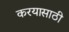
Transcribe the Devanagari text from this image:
करयासाठी